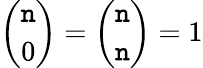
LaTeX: {\binom{\mathtt{n}}{0}}={\binom{\mathtt{n}}{\mathtt{n}}}=1